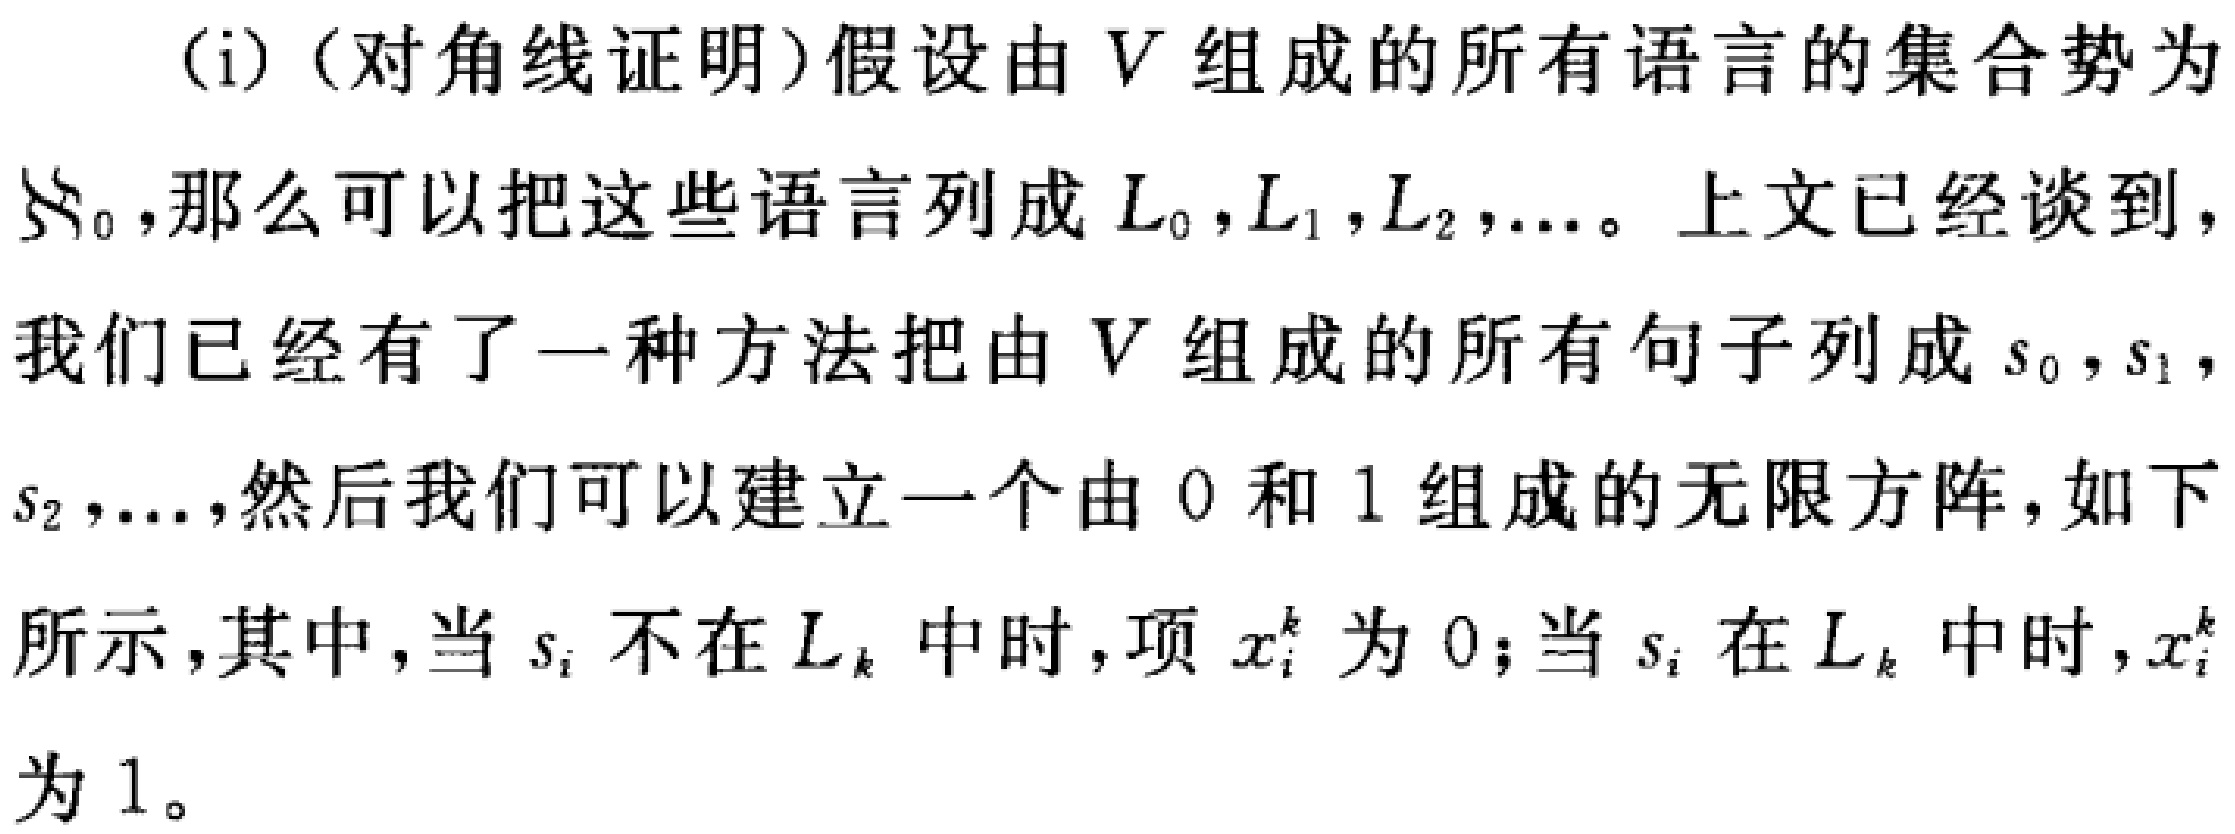
(i)（对角线证明）假设由 \(V\) 组成的所有语言的集合势为 \(\aleph_0\)，那么可以把这些语言列成 \(L_0,L_1,L_2,\ldots\)。上文已经谈到，我们已经有了一种方法把由 \(V\) 组成的所有句子列成 \(s_0,s_1,s_2,\ldots\)，然后我们可以建立一个由 \(0\) 和 \(1\) 组成的无限方阵，如下所示，其中，当 \(s_i\) 不在 \(L_k\) 中时，项 \(x_i^k\) 为 \(0\)；当 \(s_i\) 在 \(L_k\) 中时，\(x_i^k\) 为 \(1\)。